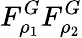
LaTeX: F_{\rho_{1}}^{G}F_{\rho_{2}}^{G}